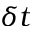
\delta t